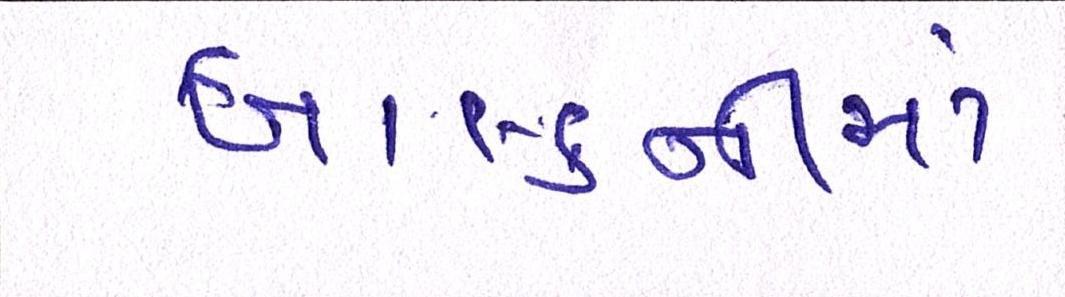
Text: બાલ્કનીમાં